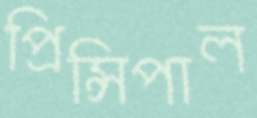
প্রিন্সিপাল